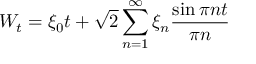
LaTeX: W _ { t } = \xi _ { 0 } t + { \sqrt { 2 } } \sum _ { n = 1 } ^ { \infty } \xi _ { n } { \frac { \sin \pi n t } { \pi n } }